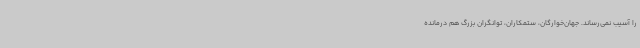
را آسیب نمی‌رساند. جهان‌خوارگان، ستمکاران، توانگران بزرگ هم درمانده